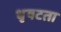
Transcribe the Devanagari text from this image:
धृषटता